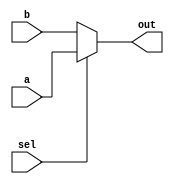
module top_module (
    input sel,
    input [7:0] a,
    input [7:0] b,
    output [7:0] out  );

    assign out = sel ? a : b;

endmodule